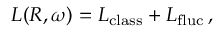
L ( R , \omega ) = L _ { \mathrm { c l a s s } } + L _ { \mathrm { f l u c } } \, ,